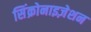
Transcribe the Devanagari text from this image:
सिंक्रोनाइज़ेशन